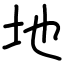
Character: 地